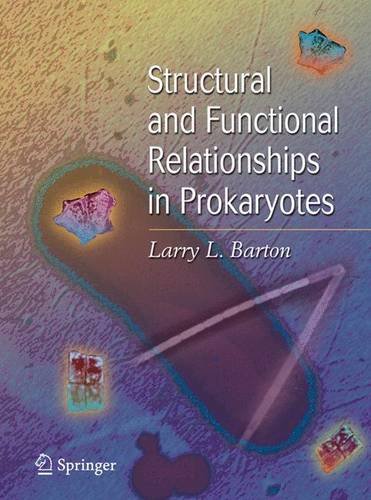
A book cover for Structural and Functional Relationships in Prokaryotes; Larry Barton; Medical Books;